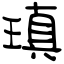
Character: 瑱